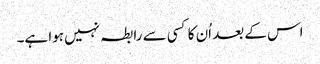
اس کے بعد اُن کا کسی سے رابطہ نہیں ہوا ہے۔